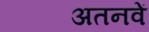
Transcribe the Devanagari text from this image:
अतनवें